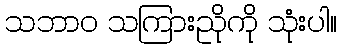
သဘာဝ သကြားညိုကို သုံးပါ။